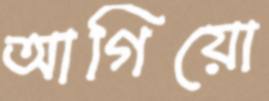
আগিয়ো